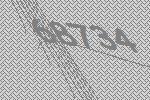
68734